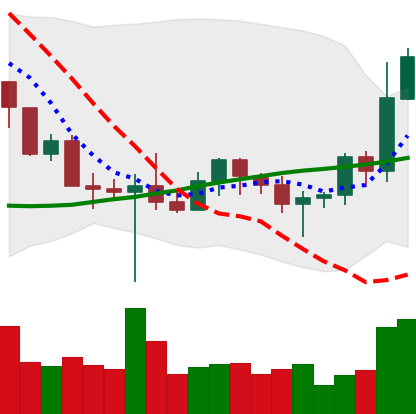
Ticker: BNB-USD
Chart end date: 2022-10-26
Forward return: 12.392%
Label: up_7plus